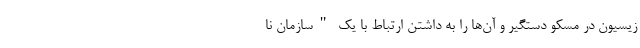
زیسیون در مسکو دستگیر و آن‌ها را به داشتن ارتباط با یک "سازمان نا